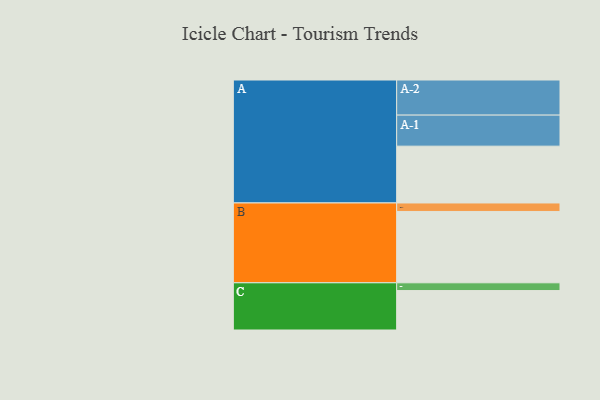
{"axis": {"x": "Segment", "y": "Value"}, "legend": ["", "A", "B", "C"], "data": [{"x": "A", "y": 461, "type": ""}, {"x": "B", "y": 579, "type": ""}, {"x": "C", "y": 320, "type": ""}, {"x": "A-1", "y": 252, "type": "A"}, {"x": "A-2", "y": 285, "type": "A"}, {"x": "B-1", "y": 69, "type": "B"}, {"x": "C-1", "y": 63, "type": "C"}]}